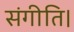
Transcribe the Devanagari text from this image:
संगीति।